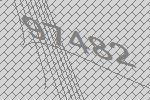
97482